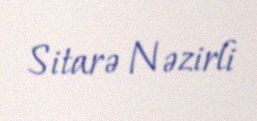
Sitarə Nəzirli